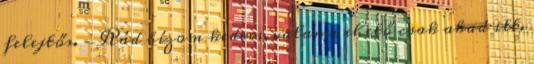
felejtős. -Rád bízom kedves, valami ehető csak akad itt.